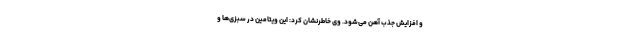
و افزایش جذب آهن می‌شود. وی خاطرنشان کرد: این ویتامین در سبزی‌ها و